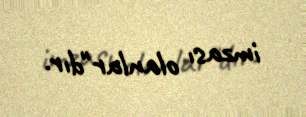
imzası olanlar"dır.